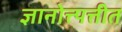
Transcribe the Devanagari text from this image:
ज्ञानोत्त्पत्तीत